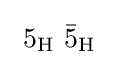
\ 5_{\mathrm {H} }\ {\bar {5}}_{\mathrm {H} }\